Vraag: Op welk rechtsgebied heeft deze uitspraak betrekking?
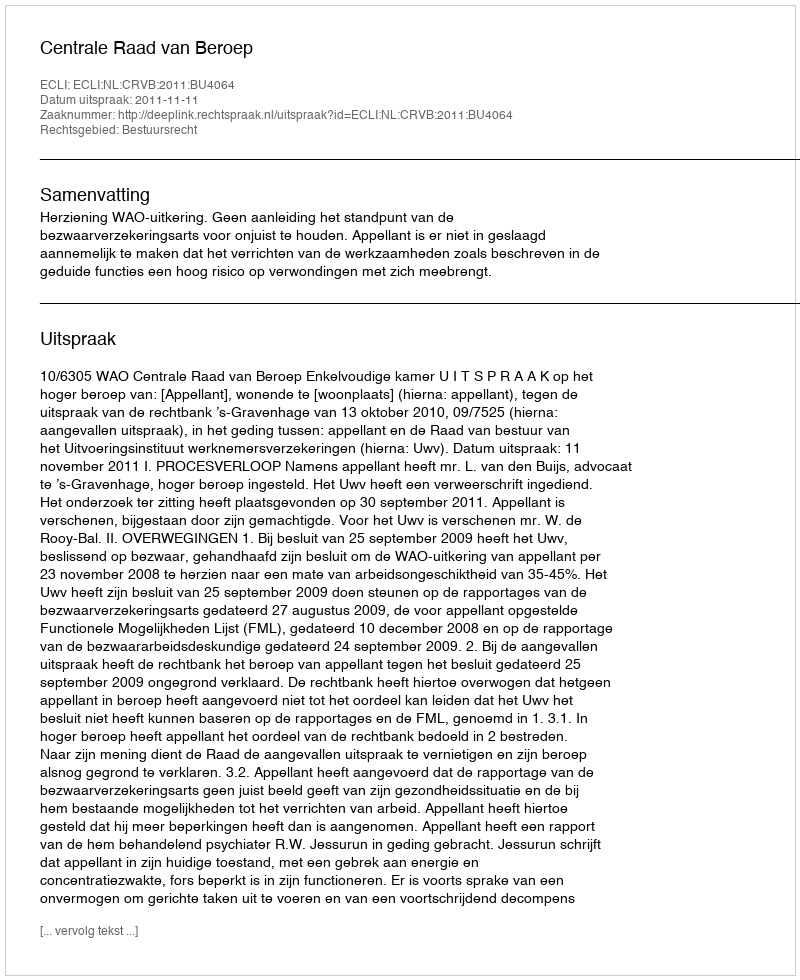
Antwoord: Bestuursrecht